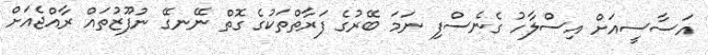
އަސާސީއަށް އިސްލާހު ގެނެސްފި ނަމަ ބޭރުގެ ފަރާތްތަކުގެ ގޮތް ނޭނގޭ ނުފޫޒުތައް ރާއްޖެއަށް